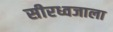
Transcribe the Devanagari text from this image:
सीरध्वजाला